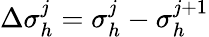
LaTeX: \Delta\sigma_{h}^{j}=\sigma_{h}^{j}-\sigma_{h}^{j+1}